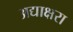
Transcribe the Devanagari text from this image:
अद्याक्षरा